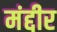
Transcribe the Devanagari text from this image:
मंद्दीर